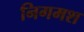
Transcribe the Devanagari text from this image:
निगमश